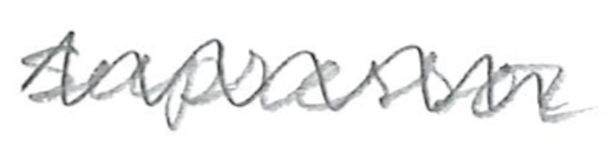
Text: suppressor
Cross-out: mix
Writing tool: pencil